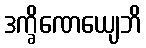
ဒက္ခိဏေယျေဘိ